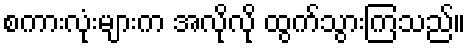
စကားလုံးများက အလိုလို ထွက်သွားကြသည်။